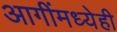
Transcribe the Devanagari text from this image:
आगींमध्येही